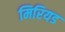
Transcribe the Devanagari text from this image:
मिरियड